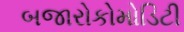
બજારોકોમોડિટી